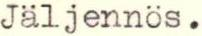
Jäljennös.